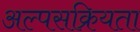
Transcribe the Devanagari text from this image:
अल्पसक्रियता